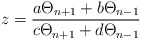
\begin{align*}z=\frac{a\Theta_{n+1}+b\Theta_{n-1}}{c\Theta_{n+1}+d\Theta_{n-1}}\end{align*}